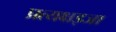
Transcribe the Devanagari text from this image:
प्रत्यक्षइजा